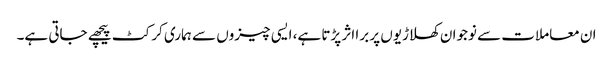
ان معاملات سے نوجوان کھلاڑیوں پر برا اثر پڑتا ہے، ایسی چیزوں سے ہماری کرکٹ پیچھے جاتی ہے۔